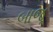
બાજૂ